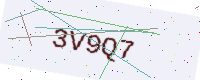
Text: 3V9Q7